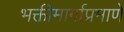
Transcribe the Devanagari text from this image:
भक्तीमार्गाप्रमाणे